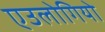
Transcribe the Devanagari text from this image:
एउलोगियो